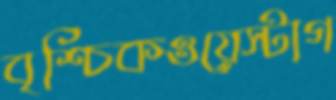
বৃশ্চিকওয়েস্টাগ